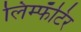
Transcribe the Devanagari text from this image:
लिम्फॅटिर